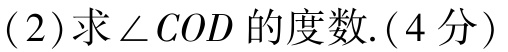
(2)求$\angle COD$的度数.(4分)